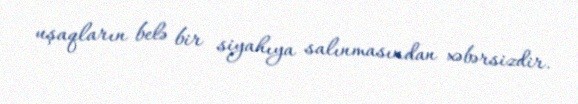
uşaqların belə bir siyahıya salınmasından xəbərsizdir.